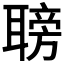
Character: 𦗍